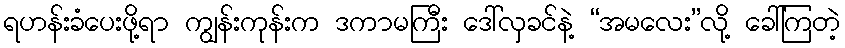
ရဟန်းခံပေးဖို့ရာ ကျွန်းကုန်းက ဒကာမကြီး ဒေါ်လှခင်နဲ့ “အမလေး”လို့ ခေါ်ကြတဲ့